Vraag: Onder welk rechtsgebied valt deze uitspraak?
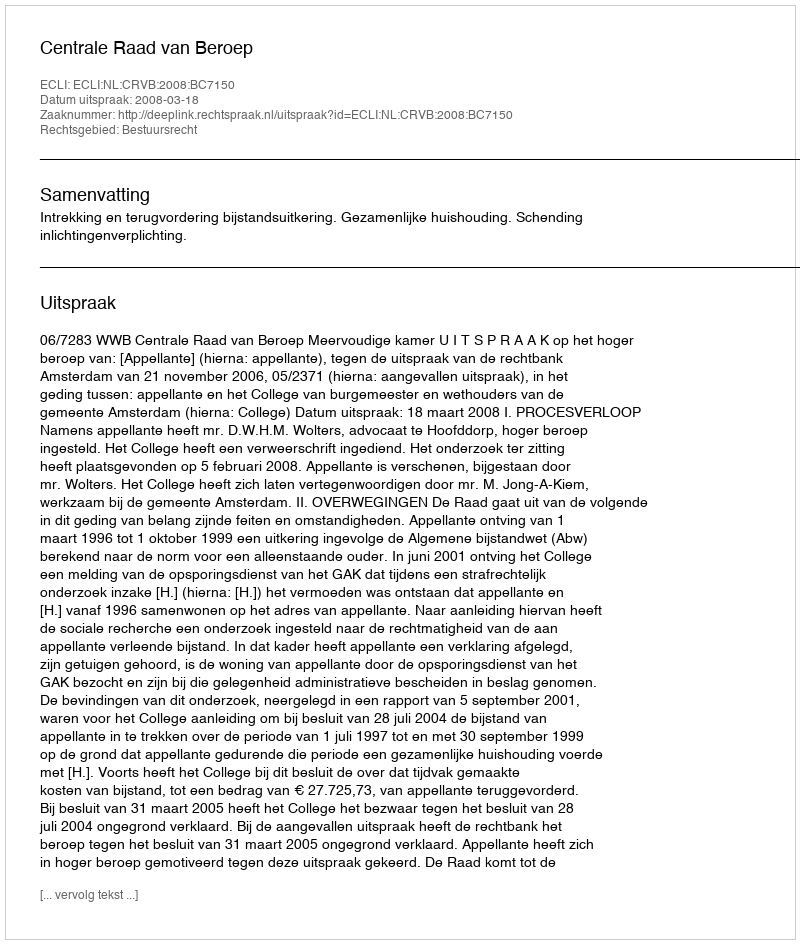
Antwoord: Bestuursrecht